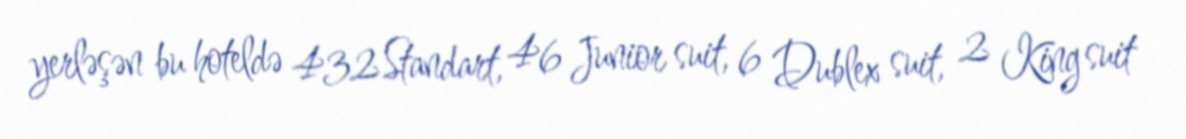
yerləşən bu hoteldə 432 Standart, 46 Junior suit, 6 Dublex suit, 2 King suit